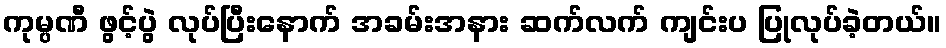
ကုမ္ပဏီ ဖွင့်ပွဲ လုပ်ပြီးနောက် အခမ်းအနား ဆက်လက် ကျင်းပ ပြုလုပ်ခဲ့တယ်။